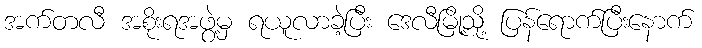
အက်တလီ အစိုးရအဖွဲ့မှ ရယူလာခဲ့ပြီး ဒေလီမြို့သို့ ပြန်ရောက်ပြီးနောက်